Scientific memoirs by medical officers of the Army of India - Part XII,
Year: 1901
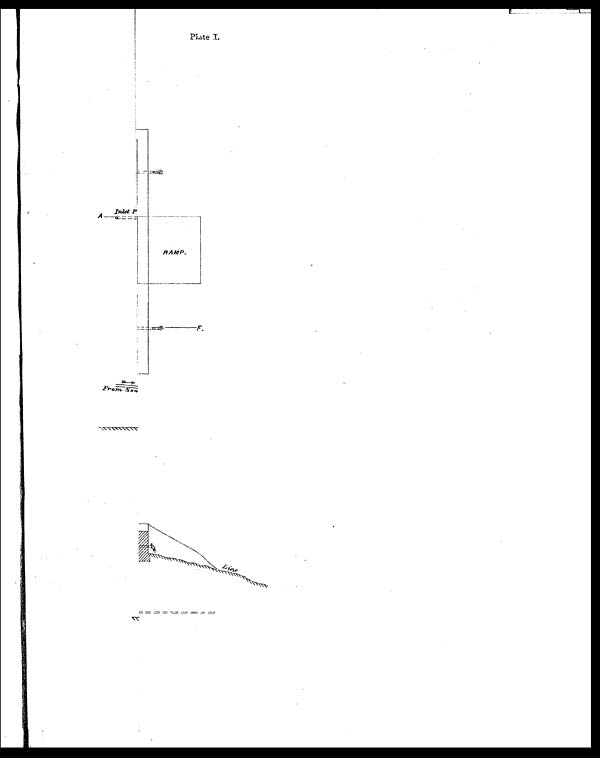
Plate I.